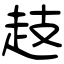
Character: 䞚